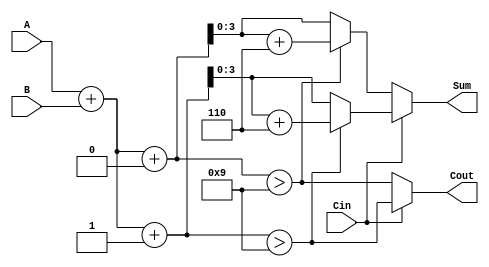
module BCD_MCSA (
    input  wire [3:0] A,      // First BCD digit
    input  wire [3:0] B,      // Second BCD digit
    input  wire Cin,          // Carry-in
    output reg  [3:0] Sum,    // Sum output
    output reg  Cout          // Carry-out
);

    wire [4:0] S0;            // Sum with Cin = 0 (5 bits to accommodate overflow)
    wire [4:0] S1;            // Sum with Cin = 1 (5 bits to accommodate overflow)
    wire C0, C1;              // Carry-out for both scenarios

    // Preliminary sum calculations
    assign S0 = A + B + 0;    // When Cin = 0
    assign S1 = A + B + 1;    // When Cin = 1

    // Carry generation
    assign C0 = S0 > 9;       // Carry-out when Cin = 0
    assign C1 = S1 > 9;       // Carry-out when Cin = 1

    always @(*) begin
        // Select preliminary sum and carry based on Cin
        if (Cin == 0) begin
            Sum = (C0) ? (S0 + 6) : S0; // Add 6 if BCD correction is needed
            Cout = C0;                 // Set carry-out
        end else begin
            Sum = (C1) ? (S1 + 6) : S1; // Add 6 if BCD correction is needed
            Cout = C1;                 // Set carry-out
        end
    end
endmodule